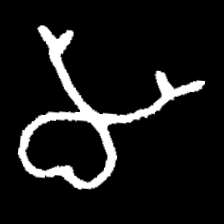
Pyu character \u2014 Myanmar letter: မ (romanized: ma)